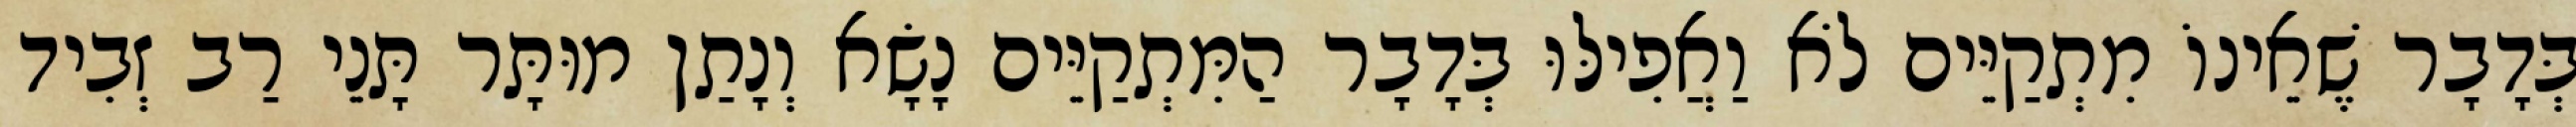
בְּדָבָר שֶׁאֵינוֹ מִתְקַיֵּים לֹא וַאֲפִילּוּ בְּדָבָר הַמִּתְקַיֵּים נָשָׂא וְנָתַן מוּתָּר תָּנֵי רַב זְבִיד